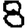
Digit: 8